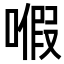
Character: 𠽙